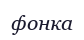
фонка